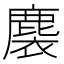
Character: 𪊬